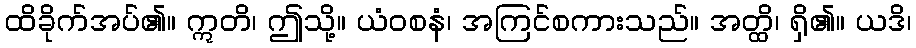
ထိခိုက်အပ်၏။ ဣတိ၊ ဤသို့။ ယံဝစနံ၊ အကြင်စကားသည်။ အတ္ထိ၊ ရှိ၏။ ယဒိ၊